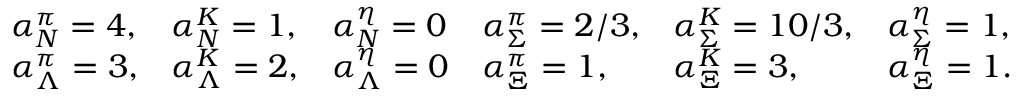
\begin{array} { l l l l l l } { { \alpha _ { N } ^ { \pi } = 4 , } } & { { \alpha _ { N } ^ { K } = 1 , } } & { { \alpha _ { N } ^ { \eta } = 0 } } & { { \alpha _ { \Sigma } ^ { \pi } = 2 / 3 , } } & { { \alpha _ { \Sigma } ^ { K } = 1 0 / 3 , } } & { { \alpha _ { \Sigma } ^ { \eta } = 1 , } } \\ { { \alpha _ { \Lambda } ^ { \pi } = 3 , } } & { { \alpha _ { \Lambda } ^ { K } = 2 , } } & { { \alpha _ { \Lambda } ^ { \eta } = 0 } } & { { \alpha _ { \Xi } ^ { \pi } = 1 , } } & { { \alpha _ { \Xi } ^ { K } = 3 , } } & { { \alpha _ { \Xi } ^ { \eta } = 1 . } } \end{array}